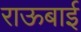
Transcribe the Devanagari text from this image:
राऊबाई